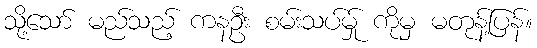
သို့သော် မည်သည့် ကနဦး စမ်းသပ်မ်ှု ကိုမှ မတုန့်ပြန်။